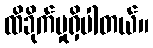
ထိခိုက်မှုရှိပါတယ်။